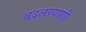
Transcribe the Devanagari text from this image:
बदलण्याशी